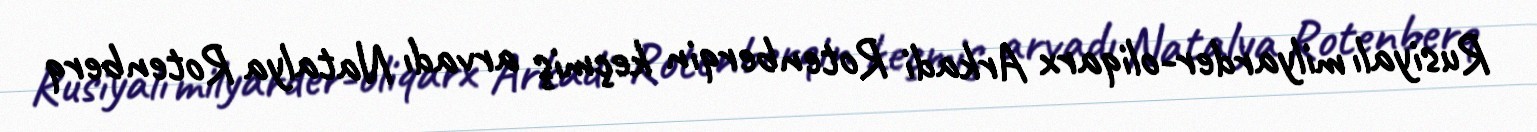
Rusiyalı milyarder-oliqarx Arkadi Rotenberqin keçmiş arvadı Natalya Rotenberq